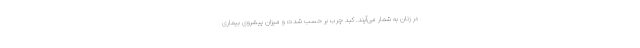
در زنان به شمار می‌آیند. کبد چرب بر حسب شدت و میزان پیشروی بیماری